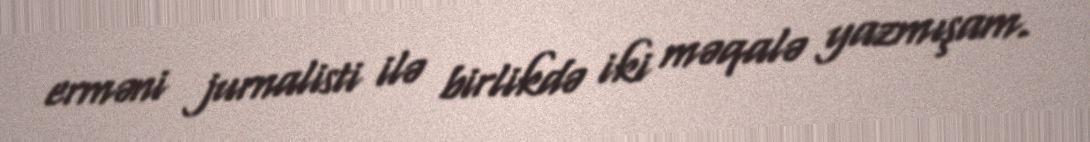
erməni jurnalisti ilə birlikdə iki məqalə yazmışam.